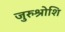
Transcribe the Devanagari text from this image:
जुरुश्रोशि